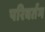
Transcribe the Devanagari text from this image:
परिवर्तम